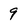
Character: 9